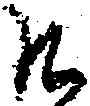
そ